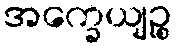
အက္ခေယျဉ္စ